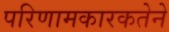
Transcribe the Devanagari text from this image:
परिणामकारकतेने